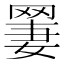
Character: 𫅆